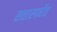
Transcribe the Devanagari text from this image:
सत्तास्पर्धेत